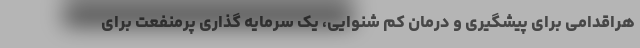
هراقدامی برای پیشگیری و درمان کم شنوایی، یک سرمایه گذاری پرمنفعت برای